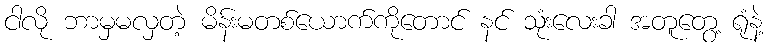
ငါလို ဘာမှမလှတဲ့ မိန်းမတစ်ယောက်ကိုတောင် နင် သုံးလေးခါ အတူတွေ့ ရုံနဲ့